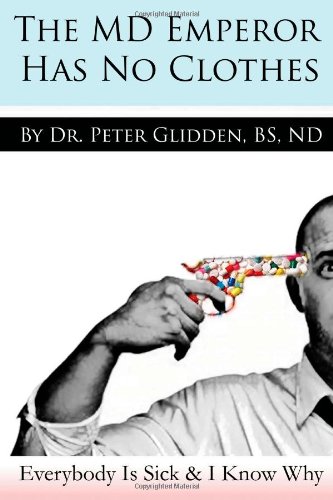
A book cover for The MD Emperor Has No Clothes: Everybody Is Sick and I Know Why; ND, Peter Glidden BS; Health, Fitness & Dieting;